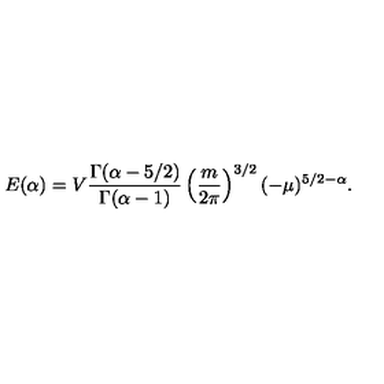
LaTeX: E ( \alpha ) = V \frac { \Gamma ( \alpha - 5 / 2 ) } { \Gamma ( \alpha - 1 ) } \left( \frac { m } { 2 \pi } \right) ^ { 3 / 2 } ( - \mu ) ^ { 5 / 2 - \alpha } .